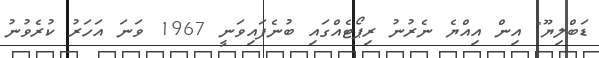
ޑަބްލިޔޫ" އިން އިއްޔެ ނެރުނު ރިޕޯޓެއްގައި ބުނެފައިވަނީ 1967 ވަނަ އަހަރު ކުރެވުނު